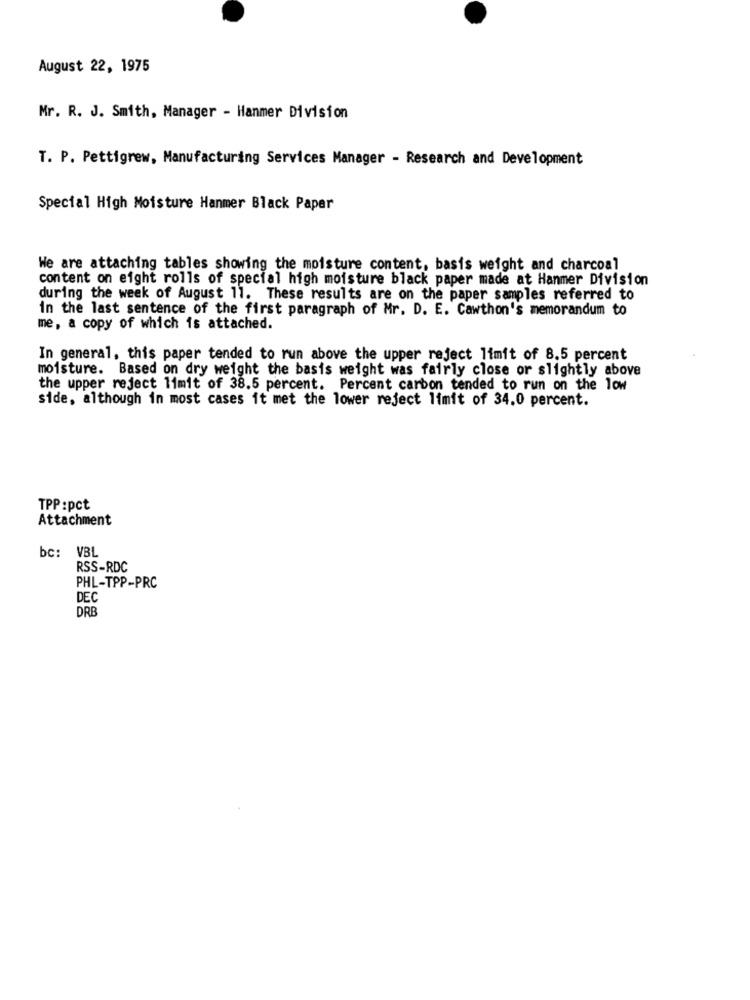
August 22, 1975
Mr. R. J. Smith, Manager - Hanmer Division
T. P. Pettigrew, Manufacturing Services Manager - Research and Development
Special High Moisture Hanmer Black Paper
We are attaching tables showing the moisture content, basis weight and charcoal
content on eight rolls of special high moisture black paper made at Hanmer Division
during the week of August 11. These results are on the paper samples referred to
in the last sentence of the first paragraph of Mr. D. E. Cawthon's memorandum to
me, a copy of which is attached.
In general, this paper tended to run above the upper reject limit of 8.5 percent
moisture. Based on dry weight the basis weight was fairly close or slightly above
the upper reject 11mit of 38.5 percent. Percent carbon tended to run on the low
side, although in most cases it met the lower reject limit of 34.0 percent.
TPP :pct
Attachment
bc: VBL
RSS-RDC
PHL-TPP-PRC
DEC
DRB